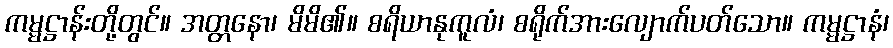
ကမ္မဋ္ဌာန်းတို့တွင်။ အတ္တနော၊ မိမိ၏။ စရိယာနုကူလံ၊ စရိုက်အားလျောက်ပတ်သော။ ကမ္မဋ္ဌာနံ၊